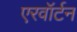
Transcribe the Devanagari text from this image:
एरवॉर्टन